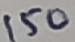
Text: 150